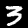
Label: 3